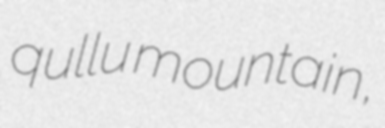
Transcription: qullu mountain,